Sanitation, dispensaries and jails vaccination Rajputana 1922-1927 - 1922-1927
Year: 1922
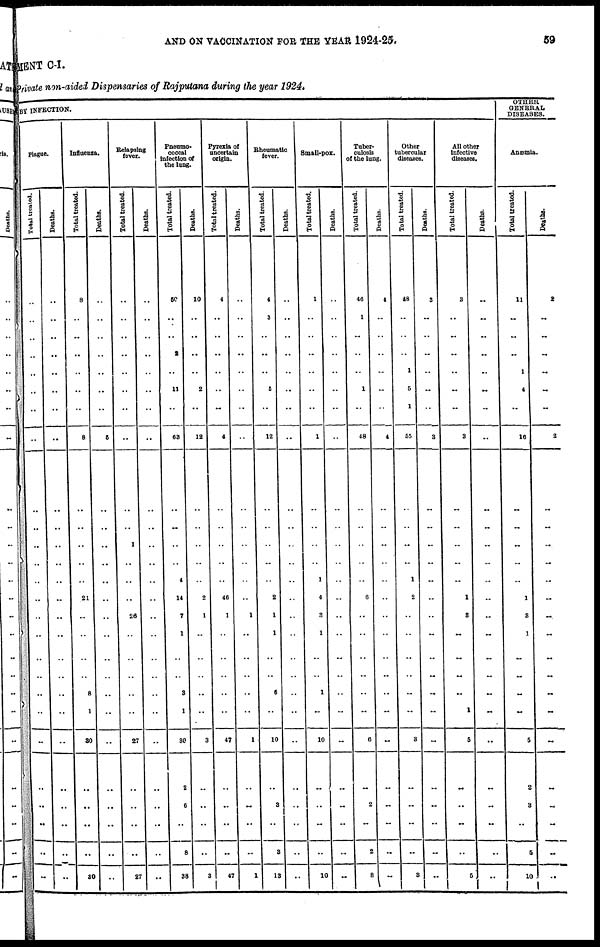
AND ON VACCINATION FOR THE YEAR 1924-25.
59
MENT C-I.
Private non-aided Dispensaries of Rajputana during the year 1924.
BY INFECTION.
Plague.
Total treated.
..
..
..
..
..
..
..
..
..
..
..
..
..
..
..
..
..
..
..
..
..
..
..
..
..
..
Deaths.
..
..
..
..
..
..
..
..
..
..
..
..
..
..
..
..
..
..
..
..
..
..
..
..
..
..
Influenza.
Total treated.
8
..
..
..
..
..
..
8
..
..
..
..
..
21
..
..
..
..
8
1
30
..
..
..
..
30
Deaths.
..
..
..
..
..
..
..
6
..
..
..
..
..
..
..
..
..
..
..
..
..
..
..
..
..
..
Relapsing
fever.
Total treated.
..
..
..
..
..
..
..
..
..
..
1
..
..
..
28
..
..
..
..
..
27
..
..
..
..
27
Deaths.
..
..
..
..
..
..
..
..
..
..
..
..
..
..
..
..
..
..
..
..
..
..
..
..
..
..
Pneumo¬
coccal
infection of
the lung.
Total treated.
50
..
..
2
..
11
..
63
..
..
..
..
4
14
7
1
..
..
3
1
30
2
6
..
8
38
Deaths.
10
..
..
..
..
2
..
12
..
..
..
..
..
2
1
..
..
..
..
..
3
..
..
..
..
3
Pyrexia of
uncertain
origin.
Total treated.
4
..
..
..
..
..
..
4
..
..
..
..
..
46
1
..
..
..
..
..
47
..
..
..
..
47
Deaths.
..
..
..
..
..
..
..
..
..
..
..
..
..
..
1
..
..
..
..
..
1
..
..
..
..
1
Rheumatic
fever.
Total treated.
4
3
..
..
..
5
..
12
..
..
..
..
..
2
1
1
..
..
6
..
10
..
3
..
3
13
Deaths.
..
..
..
..
..
..
..
..
..
..
..
..
..
..
..
..
..
..
..
..
..
..
..
..
..
..
Small-pox.
Total treated.
1
..
..
..
..
..
..
1
..
..
..
..
1
4
3
1
..
..
1
..
10
..
..
..
..
10
Deaths.
..
..
..
..
..
..
..
..
..
..
..
..
..
..
..
..
..
..
..
..
..
..
..
..
..
..
Tuber-
culosis
of the lung.
Total treated.
46
1
..
..
..
1
..
48
..
..
..
..
..
6
..
..
..
..
..
..
6
..
2
..
2
8
Deaths.
4
..
..
..
..
..
..
4
..
..
..
..
..
..
..
..
..
..
..
..
..
..
..
..
..
..
Other
tubercular
diseases.
Total treated.
48
..
..
..
1
5
1
55
..
..
..
..
1
2
..
..
..
..
..
..
8
..
..
..
..
3
Deaths.
3
..
..
..
..
..
..
3
..
..
..
..
..
..
..
..
..
..
..
..
..
..
..
..
..
..
All other
Infective
diseases.
Total treated.
3
..
..
..
..
..
..
3
..
..
..
..
..
1
8
..
..
..
..
1
5
..
..
..
..
5
Deaths.
1
.. 1 ..
..
..
..
..
..
..
..
..
..
..
..
..
..
..
..
..
..
..
..
..
..
..
OTHER
GENERAL
DISEASES.
Anæmia.
Total treated.
11
..
..
..
1
4
..
16
..
..
..
..
..
1
8
1
..
..
..
..
5
2
3
..
5
10
Deaths.
2
..
..
..
..
..
..
2
..
..
..
..
..
..
.. ..
.. ..
..
..
..
..
..
..
..
..